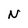
Character: U